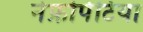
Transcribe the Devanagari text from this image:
नेफ्रोपेटिया